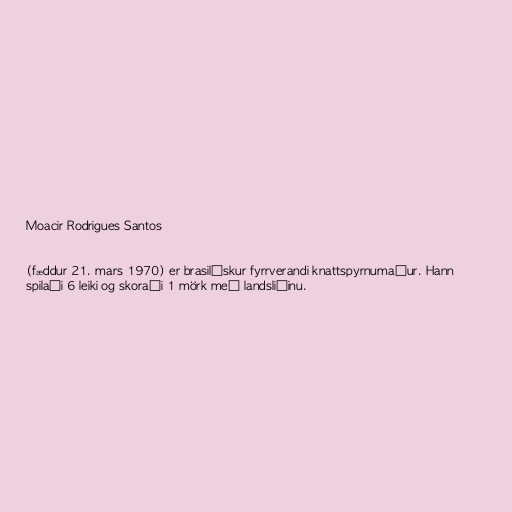
Moacir Rodrigues Santos

(fæddur 21. mars 1970) er brasilískur fyrrverandi knattspyrnumaður. Hann
spilaði 6 leiki og skoraði 1 mörk með landsliðinu.